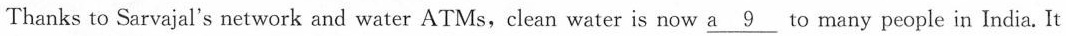
Thanks to Sarvajal's network and water ATMs, clean water is now \underline{a 9} to many people in India. It